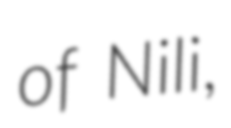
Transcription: of Nili,